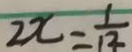
2 x = \frac { 1 } { 1 2 }